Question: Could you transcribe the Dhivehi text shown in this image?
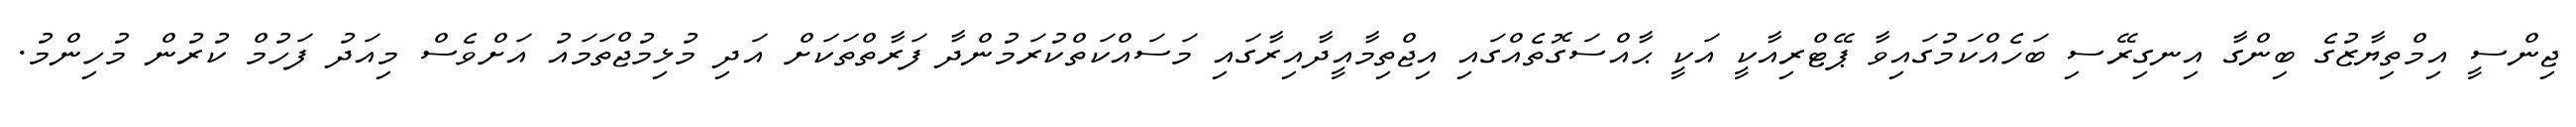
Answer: ޖިންސީ އިމްތިޔާޒުގެ ބިންގާ އިނގިރޭސި ބަހެއްކަމުގައިވާ ޕޭޓްރިއާކީ އަކީ ޙާއްސަގޮތެއްގައި އިޖްތިމާއީދާއިރާގައި މަސައްކަތްކުރަމުންދާ ފަރާތްތަކަށް އަދި މުޅިމުޖްތަމައު އަށްވެސް މިއަދު ފަހުމް ކުރުން މުހިންމު.